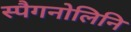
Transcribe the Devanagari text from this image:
स्पैगनोलिनि